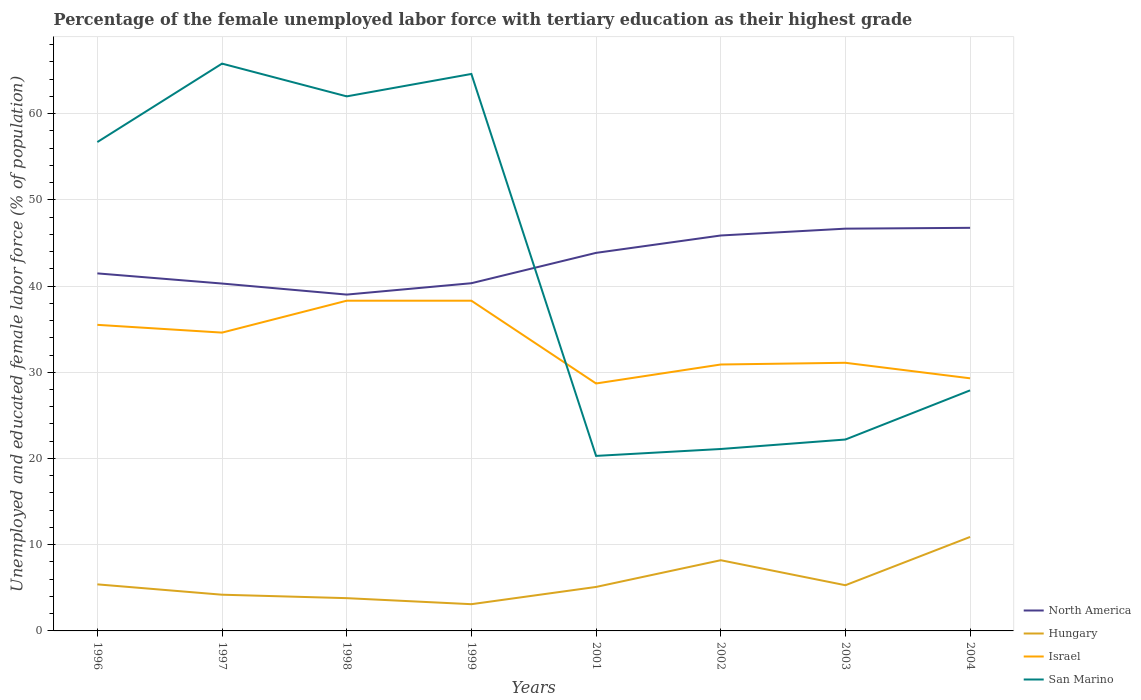
| Years | North America | Hungary | Israel | San Marino |
 | --- | --- | --- | --- | --- |
 | 1996 | 41.5 | 5.4 | 35.5 | 56.7 |
 | 1997 | 40.3 | 4.2 | 34.6 | 65.8 |
 | 1998 | 39 | 3.8 | 38.3 | 62 |
 | 1999 | 40.3 | 3.1 | 38.3 | 64.6 |
 | 2001 | 43.8 | 5.1 | 28.7 | 20.3 |
 | 2002 | 45.9 | 8.2 | 30.9 | 21.1 |
 | 2003 | 46.7 | 5.3 | 31.1 | 22.2 |
 | 2004 | 46.8 | 10.9 | 29.3 | 27.9 |